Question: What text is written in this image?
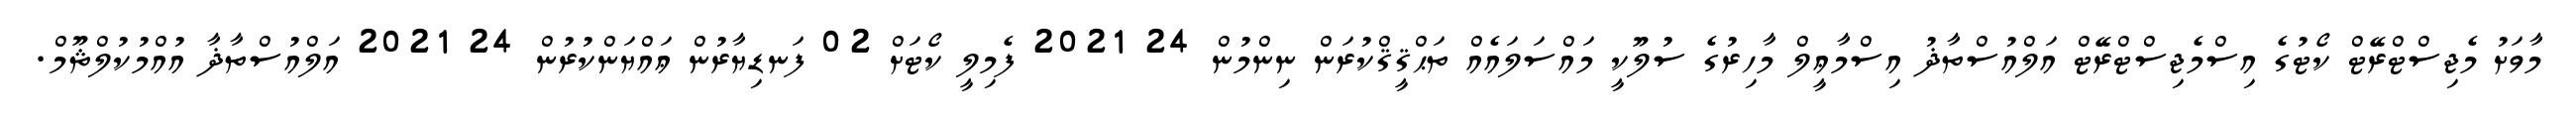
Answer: މާވަށު މެޖިސްޓްރޭޓް ކޯޓުގެ އިސްމެޖިސްޓްރޭޓް އަލްއުސްތާޛު އިސްމާޢީލް މާހިރުގެ ސުލޫކީ މައްސަލައެއް ތަޙްޤީޤްކުރަން ނިންމުން 24 2021 ފެމިލީ ކޯޓަށް 02 ފަނޑިޔާރުން ޢައްޔަންކުރުން 24 2021 އަލްއުސްތާޛާ އުއްމުކުލްޘޫމް.